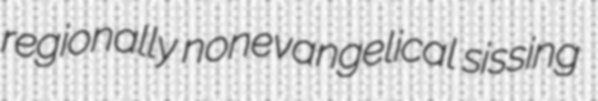
regionally nonevangelical sissing